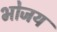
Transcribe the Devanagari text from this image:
भोजय